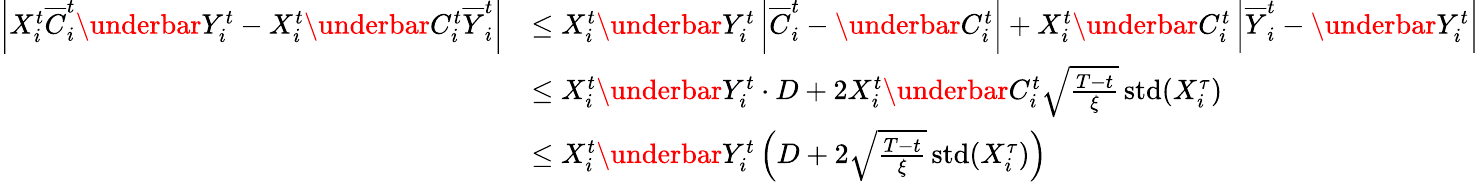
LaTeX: \begin{array}{rl}{\left\vert X_{i}^{t}\overline{{C}}_{i}^{t}\underbar{Y}_{i}^{t}-X_{i}^{t}\underbar{C}_{i}^{t}{\overline{{Y}}_{i}^{t}}\right\vert}&{\leq X_{i}^{t}\underbar{Y}_{i}^{t}\left\vert\overline{{C}}_{i}^{t}-\underbar{C}_{i}^{t}\right\vert+X_{i}^{t}\underbar{C}_{i}^{t}\left\vert\overline{{Y}}_{i}^{t}-\underbar{Y}_{i}^{t}\right\vert}\\ &{\leq X_{i}^{t}\underbar{Y}_{i}^{t}\cdot D+2X_{i}^{t}\underbar{C}_{i}^{t}\sqrt{\frac{T-t}{{\xi}}}\operatorname{std}(X_{i}^{\tau})}\\ &{\leq X_{i}^{t}\underbar{Y}_{i}^{t}\left(D+2\sqrt{\frac{T-t}{{\xi}}}\operatorname{std}(X_{i}^{\tau})\right)}\end{array}